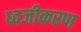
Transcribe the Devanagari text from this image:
ध्वजीकरण